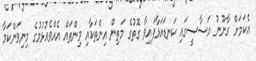
އެކަމަށް ގާނޫނު އަސާސީގައި ކަނޑައަޅާފައިވާ ގޮތުގެ މަތިން އިންތަކާއި މިންތައް އެއްވެއުޅުމުގެ މިނިވަންކަމާ